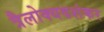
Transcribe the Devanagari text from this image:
त्रैलोक्यवशंकर